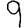
Digit: 9